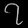
Digit: ၇